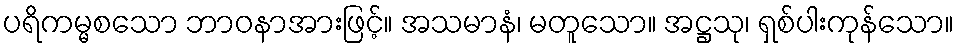
ပရိကမ္မစသော ဘာဝနာအားဖြင့်။ အသမာနံ၊ မတူသော။ အဋ္ဌသု၊ ရှစ်ပါးကုန်သော။